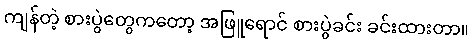
ကျန်တဲ့ စားပွဲတွေကတော့ အဖြူရောင် စားပွဲခင်း ခင်းထားတာ။